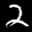
Label: 2